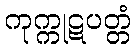
ကုက္ကုဋပတ္တံ